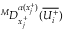
^ M D _ { x _ { j } ^ { + } } ^ { \alpha ( x _ { j } ^ { + } ) } ( \overline { { U _ { i } ^ { + } } } )